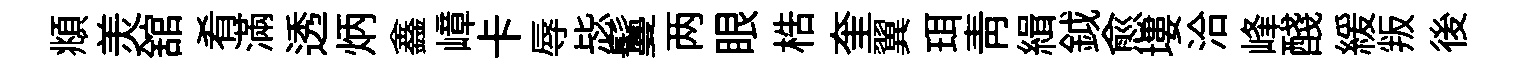
頫羙舘肴滿透炳鑫嶂卡辱毖鬘两眼梏奎翼珥靑緝鉞愈塿洽峰醆緩叛後